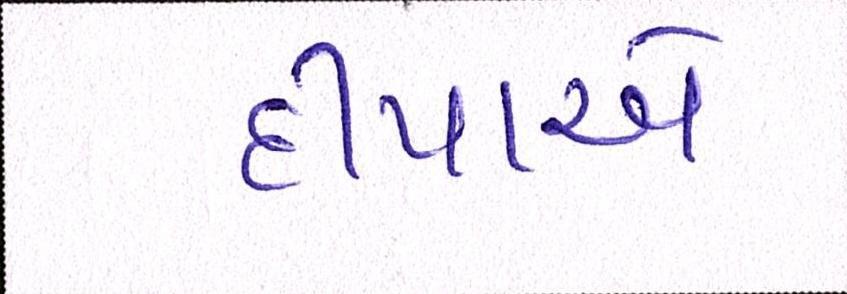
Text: દીપાએ